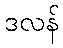
ဒလန်